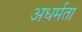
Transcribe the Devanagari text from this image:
अधर्मता